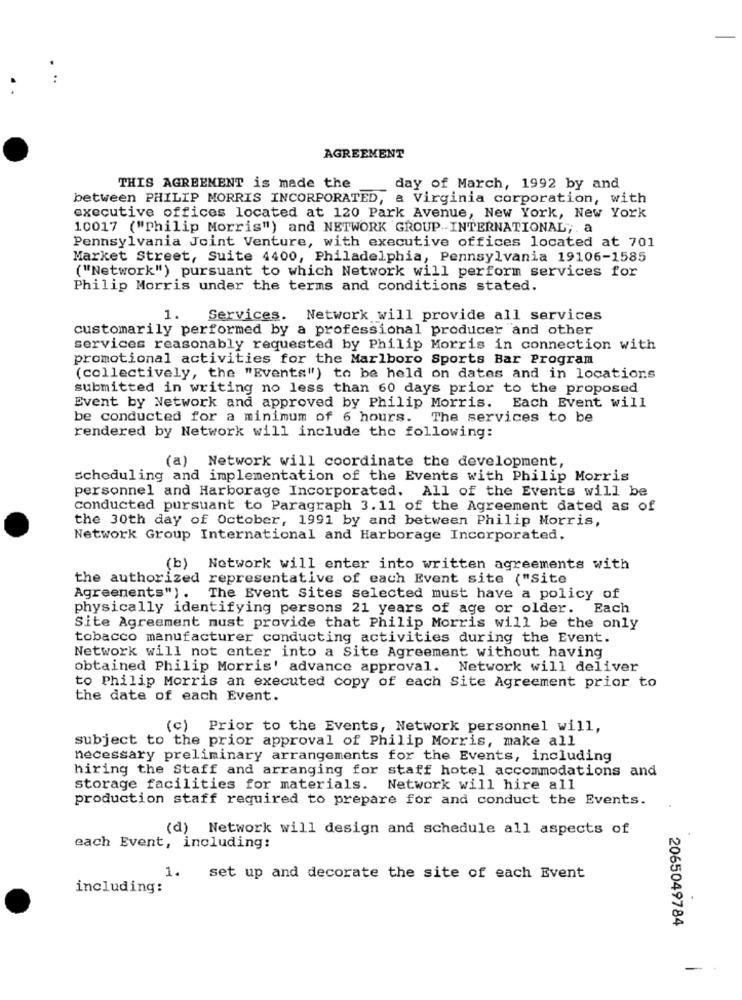
AGREEMENT
THIS AGREEMENT is made the
day of March, 1992 by and
between PHILIP MORRIS INCORPORATED, a Virginia corporation, with
executive offices located at 120 Park Avenue, New York, New York
10017 ("Philip Morris") and NETWORK GROUP-INTERNATIONAL ;. a
Pennsylvania Joint Venture, with executive offices located at 701
Market Street, Suite 4400, Philadelphia, Pennsylvania 19106-1585
("Network") pursuant to which Network will perform services for
Philip Morris under the terms and conditions stated.
1.
Services. Network will provide all services
customarily performed by a professional producer and other
services reasonably requested by Philip Morris in connection with
promotional activities for the Marlboro Sports Bar Program
(collectively, the "Events") to be held on dates and in locations
submitted in writing no less than 60 days prior to the proposed
Event by Network and approved by Philip Morris. Each Event will
be conducted for a minimum of 6 hours. The services to be
rendered by Network will include the following:
(a) Network will coordinate the development,
Scheduling and implementation of the Events with Philip Morris
personnel and Harborage Incorporated. All of the Events will be
conducted pursuant to Paragraph 3.11 of the Agreement dated as of
the 30th day of October, 1991 by and between Philip Morris,
Network Group International and Harborage Incorporated.
(b) Notwork will enter into written agreements with
the authorized representative of each Event site ("Site
Agreements") .
The Event Sites selected must have a policy of
physically identifying persons 21 years of age or older. Each
Site Agreement must provide that Philip Morris will be the only
tobacco manufacturer conducting activities during the Event.
Network will not enter into a Site Agreement without having
obtained Philip Morris' advance approval. Network will deliver
to Philip Morris an executed copy of each Site Agreement prior to
the date of each Event.
(c) Prior to the Events, Network personnel will,
subject to the prior approval of Philip Morris, make all
necessary preliminary arrangements for the Events, including
hiring the Staff and arranging for staff hotel accommodations and
storage facilities for materials. Network will hire all
production staff required to prepare for and conduct the Events.
(d) Network will design and schedule all aspects of
each Event, including:
1. set up and decorate the site of each Event
including:
2065049784